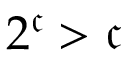
2 ^ { \mathfrak { c } } > { \mathfrak { c } }